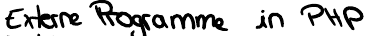
Externe Programme in PHP